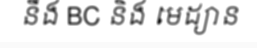
នឹង BC និង មេដ្យាន